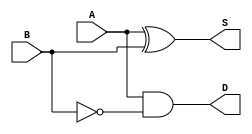
`timescale 1ns / 1ps
//////////////////////////////////////////////////////////////////////////////////
// Company: 
// Engineer: 
// 
// Design Name: 
// Module Name:    halfsubtractor 
// Project Name: 
// Target Devices: 
// Tool versions: 
// Description: 
//
// Dependencies: 
//
// Revision: 
// Revision 0.01 - File Created
// Additional Comments: 
//
//////////////////////////////////////////////////////////////////////////////////

module halfsubtractor(A,B,S,D);

input A;
input B;
output S;
output D;

assign S = A^B;
assign D = A&(~B);

endmodule